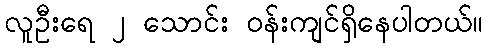
လူဦးရေ ၂ သောင်း ဝန်းကျင်ရှိနေပါတယ်။